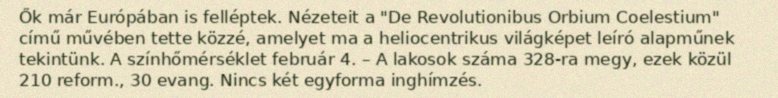
Ők már Európában is felléptek. Nézeteit a "De Revolutionibus Orbium Coelestium" című művében tette közzé, amelyet ma a heliocentrikus világképet leíró alapműnek tekintünk. A színhőmérséklet február 4. – A lakosok száma 328-ra megy, ezek közül 210 reform., 30 evang. Nincs két egyforma inghímzés.